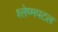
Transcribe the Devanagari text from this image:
श्लेष्मपटल